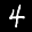
Label: 4